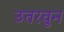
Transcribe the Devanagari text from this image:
उतरवुन